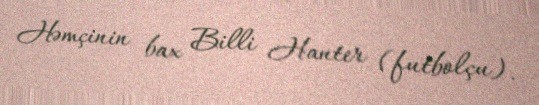
Həmçinin bax Billi Hanter (futbolçu).